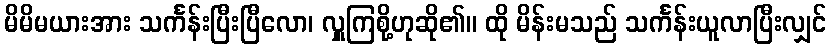
မိမိမယားအား သင်္ကန်းပြီးပြီလော၊ လှူကြစို့ဟုဆို၏။ ထို မိန်းမသည် သင်္ကန်းယူလာပြီးလျှင်